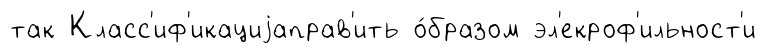
так Класс'иф'икациjаправ'ить о́бразом эл'екроф'ильност'и